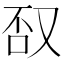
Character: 𱒕